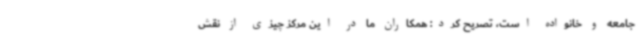
جامعه و خانواده است، تصریح کرد: همکاران ما در این مرکز چیزی از نقش